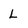
Character: L